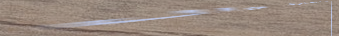
محل بيع أدوات النجارة وال